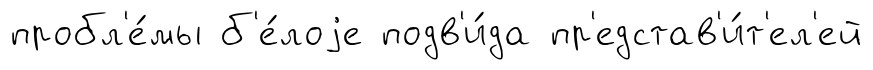
пробл'е́мы б'е́лоjе подв'и́да пр'едстав'и́т'ел'ей